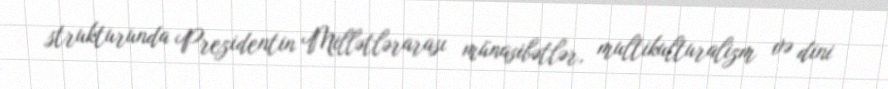
strukturunda Prezidentin Millətlərarası münasibətlər, multikulturalizm və dini